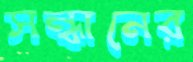
সন্ধানের